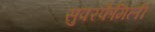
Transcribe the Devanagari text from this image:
सुपरफैमिली